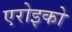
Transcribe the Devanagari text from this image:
एरोइको